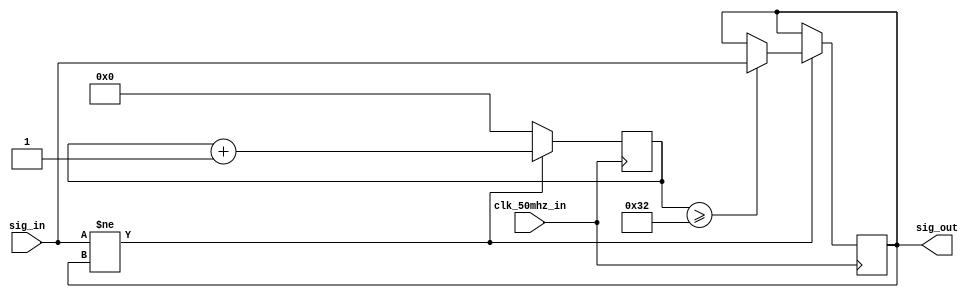
// Very crude filter...

module simplefilter (
	input clk_50mhz_in,
	input sig_in,
	output sig_out);

parameter FILTER_LEN = 50; // 1us @ 50 MHz

reg filter = 1'b0;

assign sig_out = filter;

reg [31:0] filter_cnt;

initial begin
	filter_cnt = 0;
end

always @ (posedge clk_50mhz_in) begin
	if(sig_in != filter) begin
		filter_cnt <= filter_cnt + 1'b1;
		if(filter_cnt >= FILTER_LEN) begin
			filter <= sig_in;
		end
	end else begin
		filter_cnt <= 0;
	end
end

endmodule